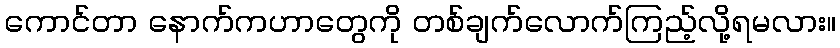
ကောင်တာ နောက်ကဟာတွေကို တစ်ချက်လောက်ကြည့်လို့ရမလား။